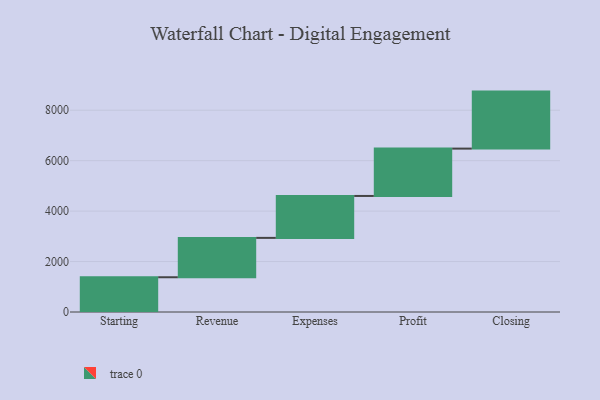
{"axis": {"x": "Step", "y": "Value"}, "legend": [""], "data": [{"x": "Starting", "y": 1378.0, "type": ""}, {"x": "Revenue", "y": 1561.0, "type": ""}, {"x": "Expenses", "y": 1662.0, "type": ""}, {"x": "Profit", "y": 1878.0, "type": ""}, {"x": "Closing", "y": 2260.0, "type": ""}]}